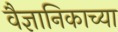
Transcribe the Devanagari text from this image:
वैज्ञानिकाच्या